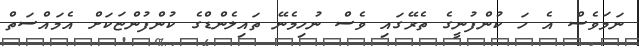
ނަމަވެސް އެ ހަ ކުންފުނީގެ ތެރޭގައި ވެސް ނުހިމެނޭ ތައިލެންޑްގެ ކުންފުންޏަކަށް އެމައްސަތް